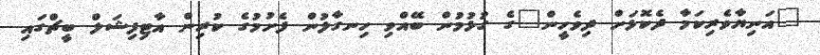
"އަނިޔާވެރިކަމާ ދެކޮޅަށް ދިވެހީން"ގެ ގުޅުމުން ބޭއްވި ހިނގާލުން ފެށުމުގެ ކުރިން އާޓިފިޝަލް ބީޗްގައި